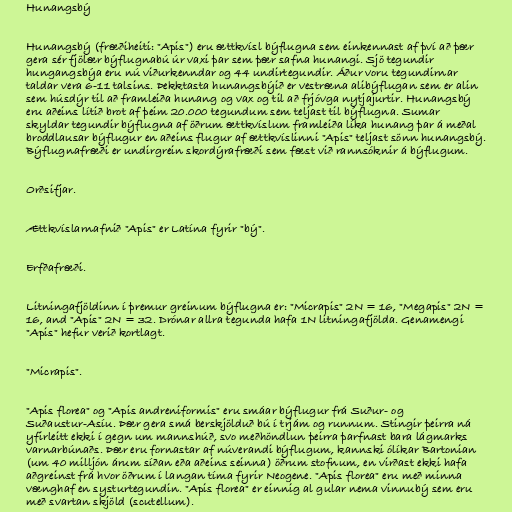
Hunangsbý

Hunangsbý (fræðiheiti: "Apis") eru ættkvísl býflugna sem einkennast af því að þær
gera sér fjölær býflugnabú úr vaxi þar sem þær safna hunangi. Sjö tegundir
hungangsbýa eru nú viðurkenndar og 44 undirtegundir. Áður voru tegundirnar
taldar vera 6-11 talsins. Þekktasta hunangsbýið er vestræna alibýflugan sem er alin
sem húsdýr til að framleiða hunang og vax og til að frjóvga nytjajurtir. Hunangsbý
eru aðeins lítið brot af þeim 20.000 tegundum sem teljast til býflugna. Sumar
skyldar tegundir býflugna af öðrum ættkvíslum framleiða líka hunang þar á meðal
broddlausar býflugur en aðeins flugur af ættkvíslinni "Apis" teljast sönn hunangsbý.
Býflugnafræði er undirgrein skordýrafræði sem fæst við rannsóknir á býflugum.

Orðsifjar.

Ættkvíslarnafnið "Apis" er Latína fyrir "bý".

Erfðafræði.

Litningafjöldinn í þremur greinum býflugna er: "Micrapis" 2N = 16, "Megapis" 2N =
16, and "Apis" 2N = 32. Drónar allra tegunda hafa 1N litningafjölda. Genamengi
"Apis" hefur verið kortlagt.

"Micrapis".

"Apis florea" og "Apis andreniformis" eru smáar býflugur frá Suður- og
Suðaustur-Asíu. Þær gera smá berskjölduð bú í trjám og runnum. Stingir þeirra ná
yfirleitt ekki í gegn um mannshúð, svo meðhöndlun þeirra þarfnast bara lágmarks
varnarbúnaðs. Þær eru fornastar af núverandi býflugum, kannski ólíkar Bartonian
(um 40 milljón árum síðan eða aðeins seinna) öðrum stofnum, en virðast ekki hafa
aðgreinst frá hvor öðrum í langan tíma fyrir Neogene. "Apis florea" eru með minna
vænghaf en systurtegundin. "Apis florea" er einnig al gular nema vinnubý sem eru
með svartan skjöld (scutellum).